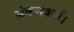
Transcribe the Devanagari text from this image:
अंकनकारी